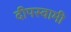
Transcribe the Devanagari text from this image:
दीपस्वामी